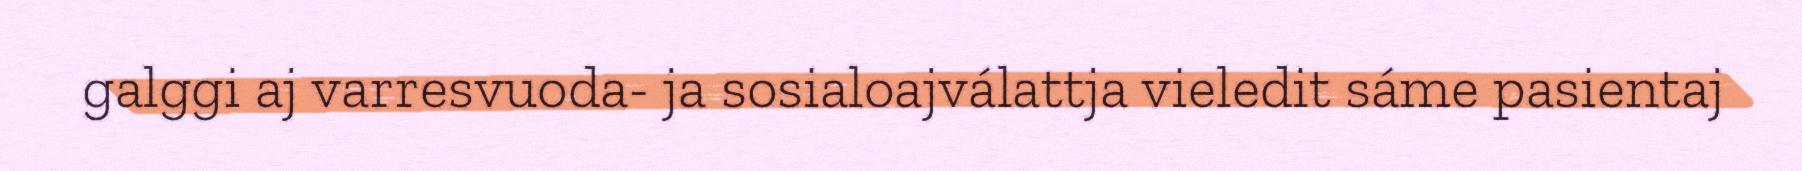
galggi aj varresvuoda- ja sosialoajválattja vieledit sáme pasientaj